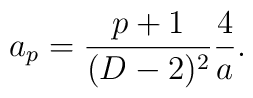
a_p={{p+1}\over{(D-2)^2}}{4\over a}.